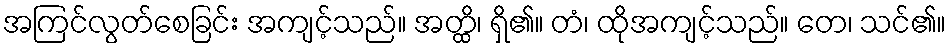
အကြင်လွတ်စေခြင်း အကျင့်သည်။ အတ္ထိ၊ ရှိ၏။ တံ၊ ထိုအကျင့်သည်။ တေ၊ သင်၏။